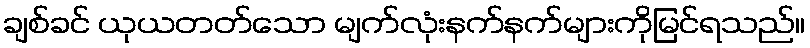
ချစ်ခင် ယုယတတ်သော မျက်လုံးနက်နက်များကိုမြင်ရသည်။